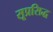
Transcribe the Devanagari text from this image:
सूप्रसिद्ध